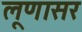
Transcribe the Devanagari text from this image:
लूणासर